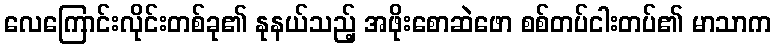
လေကြောင်းလိုင်းတစ်ခု၏ နုနယ်သည့် အဖိုးစောဆဲဖော စစ်တပ်ငါးတပ်၏ မာသာက